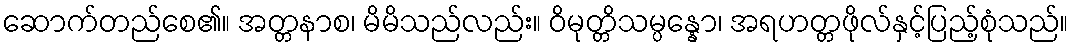
ဆောက်တည်စေ၏။ အတ္တနာစ၊ မိမိသည်လည်း။ ဝိမုတ္တိသမ္ပန္နော၊ အရဟတ္တဖိုလ်နှင့်ပြည့်စုံသည်။